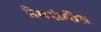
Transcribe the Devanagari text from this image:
प्रेमसंगीत